Annual statistical returns and brief notes on vaccination in Bengal - 1896-1909
Year: 1896
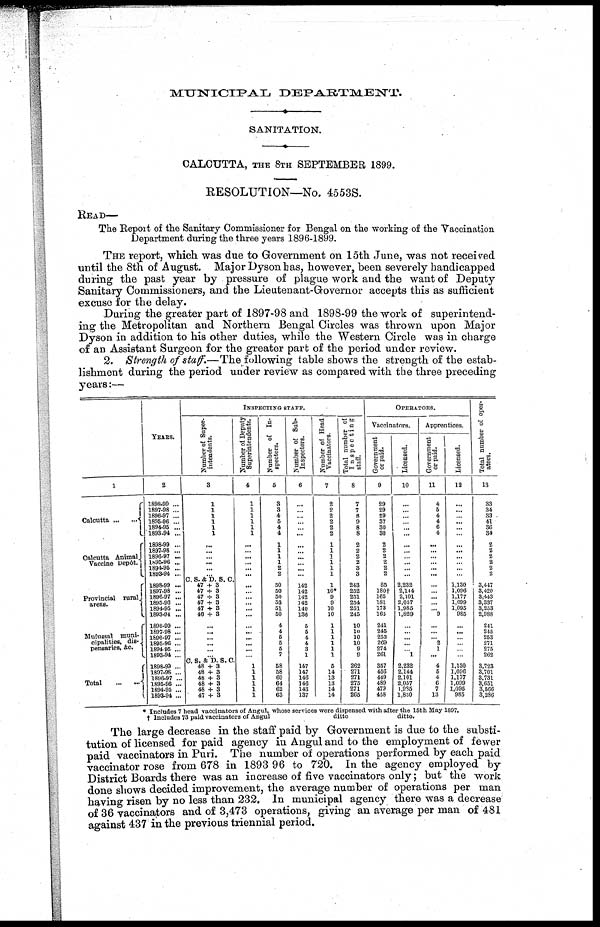
MUNICIPAL DEPARTMENT.
SANITATION.
CALCUTTA, THE 8TH SEPTEMBER 1899.
RESOLUTION—No. 4553S.
READ—
The Report of the Sanitary Commissioner for Bengal on the working of the Vaccination
Department during the three years 1896-1899.
THE report, which was due to Government on 15th June, was not received
until the 8th of August. Major Dyson has, however, been severely handicapped
during the past year by pressure of plague work and the want of Deputy
Sanitary Commissioners, and the Lieutenant-Governor accepts this as sufficient
excuse for the delay.
During the greater part of 1897-98 and 1898-99 the work of superintend-
ing the Metropolitan and Northern Bengal Circles was thrown upon Major
Dyson in addition to his other duties, while the Western Circle was in charge
of an Assistant Surgeon for the greater part of the period under review.
2. Strength of staff.—The following table shows the strength of the estab-
lishment during the period under review as compared with the three preceding
years:—
1
Calcutta
...
...
Calcutta Animal
Vaccine Depôt.
Provincial
rural
areas.
Mufussal
muni-
cipalities, dis-
pensaries &c.
Total
...
...
YEARS.
2
1898-99 ...
1897-98 ...
1896-97 ...
1895-96 ...
1894-95 ...
1893-94 ...
1898-99 ...
1897-98 ...
1896-97 ...
1895-96 ...
1894-95 ...
1893-94 ...
1898-99 ...
1897-98 ...
1896-97 ...
1895-96 ...
1894-95 ...
1893-94 ...
1898-99 ...
1897-98 ...
1896-97 ...
1895-96 ...
1894-95 ...
1893-94 ...
1898-99 ...
1897-98 ...
1896-97 ...
1895-96 ...
1894-95 ...
1893-94 ...
INSPECTING STATE.
Number of Super-
intendents.
3
1
1
1
1
1
1
...
...
...
... ...
...
C. S. & D. S. C.
47 + 3
47 + 3
47 + 3
47 + 3
47 + 3
46 + 3
...
...
...
...
...
...
C. S. & D . S. C.
48 + 3
48 + 3
48 + 3
48 + 3
48 + 3
47 + 3
Number of Deputy
Superintendents.
4
1
1
1
1
1
1
...
...
...
...
... ...
...
...
...
...
...
...
...
...
... ... ...
...
1
1
1
1
1
1
Number of In-
spectors.
5
3
3
4
5
4
4
1
1
1
1
2
2
50
50
50
53
51
50
4
4
5
5
5
7
58
58
60
64
62
63
Number of Sub-
Inspectors.
6
...
...
...
...
...
...
...
...
...
...
...
...
142
142
142
142
140
136
5
5
4
4
3
1
147
147
146
146
143
137
Number of Head
Vaccinators.
7
2
2
2
2
2
2
1
1
1
1
1
1
1
10*
9
9
10
10
1
1
1
1
1
1
5
14
13
13
14
14
Total number of
Inspecting
staff.
8
7
7
8
9 8
8
2
2
2
2
3
3
243
252
251
254
251
245
10
10
10
10
9
9
262
271
271
275
271
265
OPERATORS.
Vaccinators.
Government
or paid.
9
29
29
29
37
30
30
2
2
2
2
2
2
85
180†
165
181
173
163
241
245
253
269
274
261
357
456
449
489
479
458
Licensed.
10
...
...
...
...
...
...
...
...
...
...
...
...
2,232
2,114
2,101
2,057
1,985
1,829
...
...
...
...
...
1
2,232
2,144
2,101
2,057
l,985
1,800
Apprentices.
Government
or paid.
11
4
5
4
4
6
4
...
...
...
... ...
...
...
...
...
...
...
9
...
... ...
2
1
...
4 5
4
6
7
13
Licensed.
12
...
...
...
...
...
...
...
...
...
...
...
...
1,130
1,096
1,177
1,099
1,095
985
...
...
...
...
...
...
1,130
1,096
1,177
1,099
1,095
985
Total number of oper-
ators.
13
33
34
33
41
36
34
2
2
2
2
2
2
3,447
3,420
3,443
3,337
3,253
2,988
241
245
253
271
275
262
3,723
3,701
3,731
3,651
3,566
3,286
* Includes 7 head vaccinators of Angul, whose services were dispensed with after the 15th May 1897.
† Includes 73 paid vaccinators of Angul
ditto
ditto.
The large decrease in the staff paid by Government is due to the substi-
tution of licensed for paid agency in Angul and to the employment of fewer
paid vaccinators in Puri. The number of operations performed by each paid
vaccinator rose from 678 in 1893 96 to 720. In the agency employed by
District Boards there was an increase of five vaccinators only; but the work
done shows decided improvement, the average number of operations per man
having risen by no less than 232. In municipal agency there was a decrease
of 36 vaccinators and of 3,473 operations, giving an average per man of 481
against 437 in the previous triennial period.